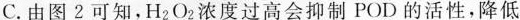
C.由图2可知，H_{2}O_{2}浓度过高会抑制POD的活性，降低